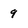
Character: 9